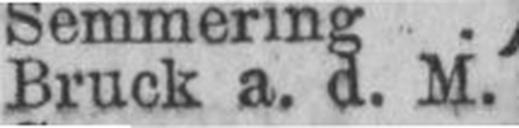
Bruck a. d. M.